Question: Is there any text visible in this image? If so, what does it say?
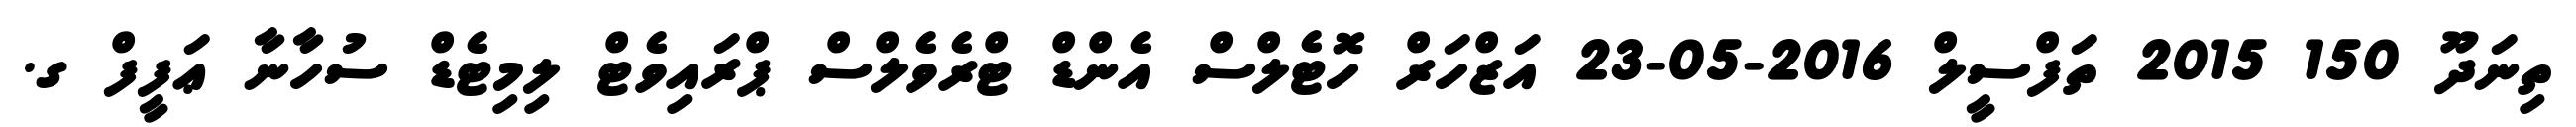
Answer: ތިނަދޫ 150 2015 ތަފްސީލް 2016-05-23 އަޒްހަރް ހޮޓެލްސް އެންޑް ޓްރެވެލްސް ޕްރައިވެޓް ލިމިޓެޑް ސުހާނާ ޢަފީފް ގ.